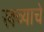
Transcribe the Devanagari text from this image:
खव्याचे